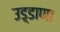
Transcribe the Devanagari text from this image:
उड़्डाणा